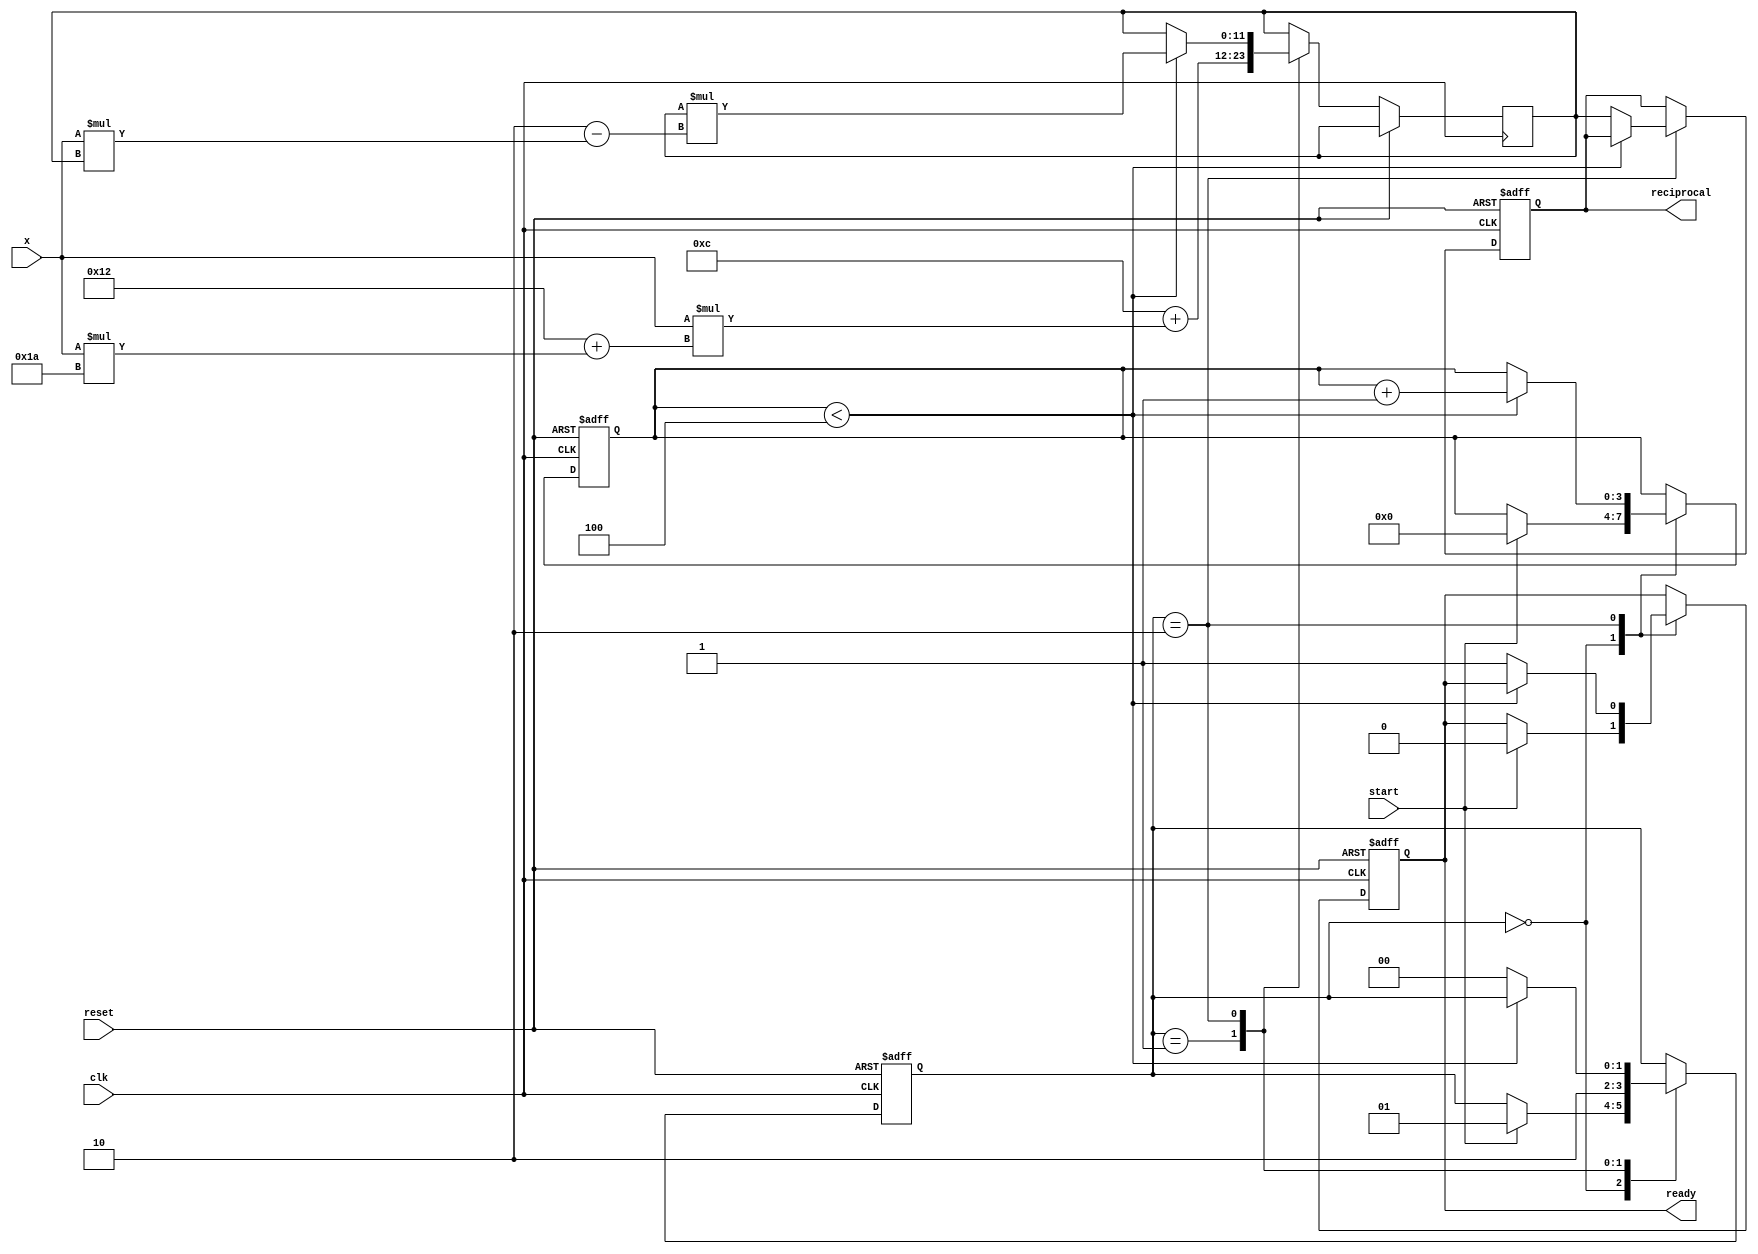
module poly_reciprocal (
    input  wire [7:0] x,               // Fixed-point input (0 < x < 1)
    input  wire        start,           // Signal to start computation
    input  wire        clk,             // Clock signal
    input  wire        reset,           // Reset signal
    output reg  [11:0] reciprocal,      // Fixed-point reciprocal output
    output reg        ready              // Output valid flag
);

  // Polynomial coefficients for R(x) = c0 + c1*x + c2*x^2 (example coefficients)
  parameter [11:0] c0 = 12'h0C;  // Example coefficient (1.0)
  parameter [11:0] c1 = 12'h12;  // Example coefficient
  parameter [11:0] c2 = 12'h1A;  // Example coefficient

  reg [11:0] x_sq;                 // x squared
  reg [11:0] poly;                 // Polynomial result
  reg [1:0] state;                 // State for FSM
  reg [11:0] approx;               // Polynomial approximation
  reg [3:0] count;                 // Iteration counter for Newton-Raphson
  
  // State Encoding
  localparam IDLE        = 2'b00;
  localparam CALC_POLY   = 2'b01;
  localparam REFINE      = 2'b10;
  
  // Initialize state
  always @(posedge clk or posedge reset) begin
    if (reset) begin
      state <= IDLE;
      reciprocal <= 12'd0;
      ready <= 0;
      count <= 0;
    end else begin
      case (state)
        IDLE: begin
          if (start) begin
            poly <= 12'd0;      // Initialize polynomial
            count <= 0;         // Reset iteration counter
            state <= CALC_POLY; // Go to polynomial calculation state
            ready <= 0;
          end
        end
        
        CALC_POLY: begin
          // Evaluate polynomial using Horner's method: R(x) = c0 + x*(c1 + x*c2)
          x_sq <= x * x;                        // x^2 multiplication
          approx <= c0 + (x * (c1 + (x * c2))); // Horner's method for polynomial
          
          state <= REFINE;                       // Move to refinement step
        end
        
        REFINE: begin
          if (count < 4) begin // Example: 4 iterations for Newton-Raphson
            // Newton-Raphson refinement: new_approx = approx * (2 - x * approx)
            approx <= approx * (12'd2 - x * approx[11:0]);
            count <= count + 1; 
          end else begin
            reciprocal <= approx; // Assign final approximation
            ready <= 1;           // Indicate that output is ready
            state <= IDLE;        // Go back to IDLE
          end
        end

      endcase
    end
  end
endmodule